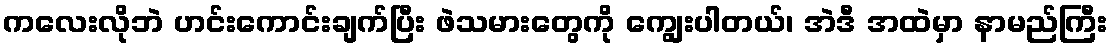
ကလေးလိုဘဲ ဟင်းကောင်းချက်ပြီး ဖဲသမားတွေကို ကျွေးပါတယ်၊ အဲဒီ အထဲမှာ နာမည်ကြီး